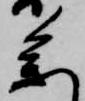
参